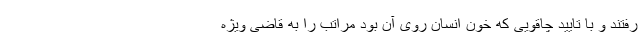
رفتند و با تایید چاقویی که خون انسان روی آن بود مراتب را به قاضی ویژه